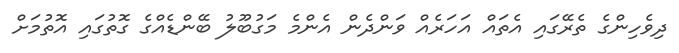
ދިވެހިންގެ ތެރޭގައި އެތައް އަހަރެއް ވަންދެން އެންމެ މަގުބޫލު ބޭންޑެއްގެ ގޮތުގައި އޮތުމަށް